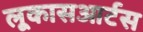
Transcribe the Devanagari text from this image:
लूकासआर्टस